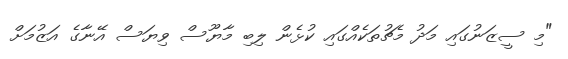
"މި ސީޒަނުގައި މަދު މެޗުތަކެއްގައި ކުޅެން ލިބި މާޔޫސް ވިޔަސް އޭނާގެ އަޒުމަށް